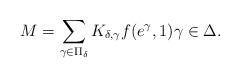
LaTeX: \begin{align*}M=\sum_{\gamma\in\Pi_{\delta}}K_{\delta,\gamma}f(e^\gamma,1)\gamma\in\Delta.\end{align*}